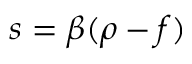
s = \beta ( \rho - f )